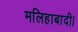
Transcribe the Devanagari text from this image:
मलिहाबादी।